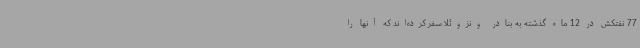
77 نفتکش در 12 ماه گذشته به بنادر ونزوئلا سفر کرده‌اند که آنها را